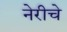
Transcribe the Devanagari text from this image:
नेरीचे